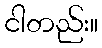
ငါတည်း။